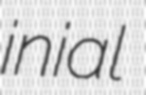
inial